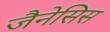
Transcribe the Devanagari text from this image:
जैनेसिस